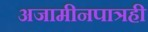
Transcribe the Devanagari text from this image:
अजामीनपात्रही